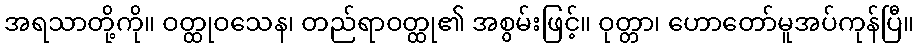
အရသာတို့ကို။ ဝတ္ထုဝသေန၊ တည်ရာဝတ္ထု၏ အစွမ်းဖြင့်။ ဝုတ္တာ၊ ဟောတော်မူအပ်ကုန်ပြီ။